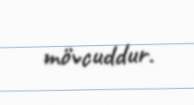
mövcuddur.